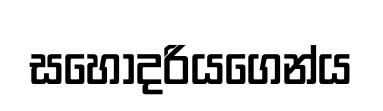
සහෝදරියගෙන්ය